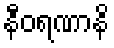
နီဝရဏာနိ